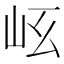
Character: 𡵮